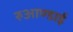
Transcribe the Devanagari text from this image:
रुआण्डाई